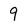
Character: 9